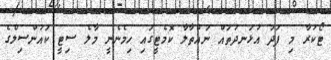
ޓޯކުރާ މި ފަދަ އުޅަނދުތައް ނައްތާލާ ކޮމެޓީގައި ހިމެނެނީ މާލެ ސިޓީ ކައުންސިލްގެ